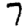
Digit: 7